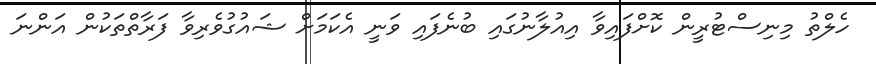
ހެލްތު މިނިސްޓުރީން ކޮށްފައިވާ އިއުލާނުގައި ބުނެފައި ވަނީ އެކަމަށް ޝައުގުވެރިވާ ފަރާތްތަކުން އަންނަ